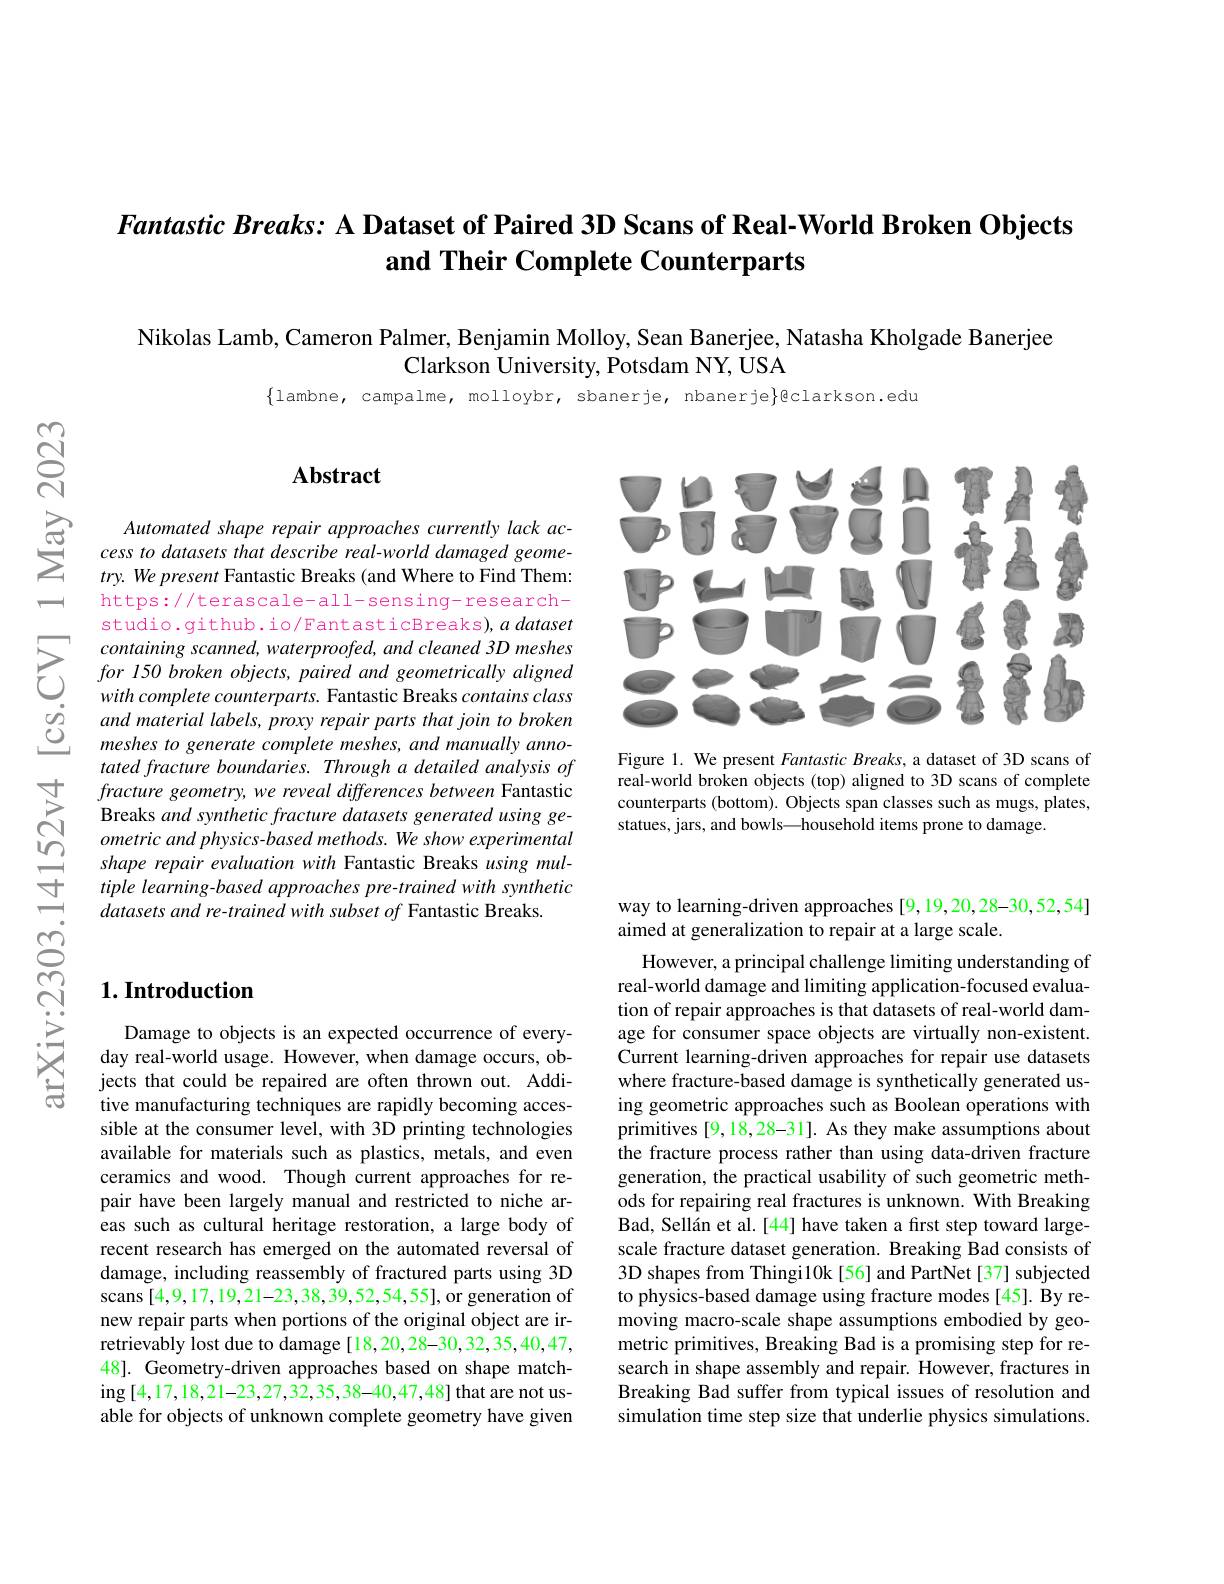
## Fantastic Breaks: A Dataset of Paired 3D Scans of Real-World Broken Objects and Their Complete Counterparts

Nikolas Lamb, Cameron Palmer, Benjamin Molloy, Sean Banerjee, Natasha Kholgade Banerjee
Clarkson University, Potsdam NY, USA

$\{$lambne, campalme, molloybr, sbanerje, nbanerje}gclarkson.edu

$ଟ୍ରି$

## $\mathbf{Abstract}$

$\sum_{\begin{array}{cc}\text{G}&\text{Automated shape repair approaches currently lack ac-}\\\text{Cess to datasets that describe real-world damaged geome-}\\\text{try.We present Fantastic Breaks (and Where to Find Them:}\end{array}}$
try. We present Fantastic Breaks (and Where to Find Them: https://terascale-all-sensing-research-

studio.github.io/FantasticBreaks),a dataset containing scanned, waterproofed, and cleaned 3D meshes for 150 broken objects, paired and geometrically aligned with complete counterparts. Fantastic Breaks contains class and material labels, proxy repair parts that join to broken meshes to generate complete meshes, and manually annotated fracture boundaries. Through a detailed analysis of fracture geometry, we reveal differences between Fantastic Breaks and synthetic fracture datasets generated using ge- $ometricandphysics-basedmethods.Weshowexperimental$ shape repair evaluation with Fantastic Breaks using multiple learning-based approaches pre-trained with synthetic $datasetsand\textit{re- trained with subset of Fantastic Breaks. }$

<FigureHere>

Figure 1. We present Fantastic Breaks, a dataset of 3D scans of real-world broken objects (top) aligned to 3D scans of complete counterparts (bottom). Objects span classes such as mugs, plates, statues, jars, and bowls—household items prone to damage.

### $1. \textbf{Introduction}$

Damage to objects is an expected occurrence of everyday real-world usage. However, when damage occurs, objects that could be repaired are often thrown out. Additive manufacturing techniques are rapidly becoming accessible at the consumer level, with 3D printing technologies available for materials such as plastics, metals, and even ceramics and wood. Though current approaches for repair have been largely manual and restricted to niche areas such as cultural heritage restoration, a large body of recent research has emerged on the automated reversal of damage, including reassembly of fractured parts using 3D scans [4,9,17,19,21-23,38,39,52,54,55],or generation of new repair parts when portions of the original object are irretrievably lost due to damage[18,20,28-30,32,35,40,47, 48]. Geometry-driven approaches based on shape match- $\operatorname{ing}\left[4,17,18,21-23,27,32,35,38-40,47,48\right]$that are not usable for objects of unknown complete geometry have given

way to learning-driven approaches [9,19,20,28-30,52,54]
aimed at generalization to repair at a large scale.

However, a principal challenge limiting understanding of real-world damage and limiting application-focused evaluation of repair approaches is that datasets of real-world damage for consumer space objects are virtually non-existent. Current learning-driven approaches for repair use datasets where fracture-based damage is synthetically generated using geometric approaches such as Boolean operations with primitives [9,18,28-31]. As they make assumptions about the fracture process rather than using data-driven fracture generation, the practical usability of such geometric methods for repairing real fractures is unknown. With Breaking Bad, Sellán et al.[44] have taken a first step toward largescale fracture dataset generation. Breaking Bad consists of 3D shapes from Thingi10k[56] and PartNet[37] subjected to physics-based damage using fracture modes [45]. By removing macro-scale shape assumptions embodied by geometric primitives, Breaking Bad is a promising step for research in shape assembly and repair. However, fractures in Breaking Bad suffer from typical issues of resolution and simulation time step size that underlie physics simulations.